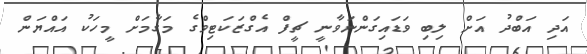
އަދި އަބްދު އަށް ލިބި ވަަޑައިގަންނަވާނީ ޗީފް އެގްޒަކަޓިވްގެ މަގާމަށް މީހަކު އައްޔަން